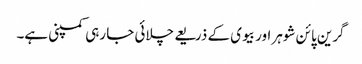
گرین پائن شوہر اور بیوی کے ذریعے چلائی جا رہی کمپنی ہے۔